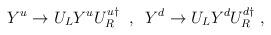
LaTeX: \begin{align*}Y^u \rightarrow U_L Y^u U_R^{u \dagger} \;\;,\;\; Y^d \rightarrow U_L Y^d U_R^{d \dagger}\;,\end{align*}